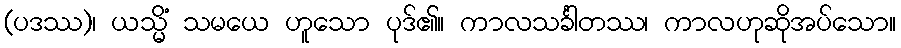
(ပဒဿ)၊ ယသ္မိံ သမယေ ဟူသော ပုဒ်၏။ ကာလသင်္ခါတဿ၊ ကာလဟုဆိုအပ်သော။